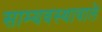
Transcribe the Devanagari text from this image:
साम्यवस्थावाले